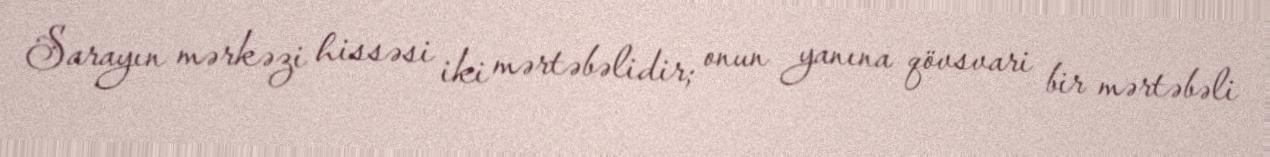
Sarayın mərkəzi hissəsi iki mərtəbəlidir; onun yanına qövsvari bir mərtəbəli